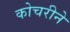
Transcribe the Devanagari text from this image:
कोचरीने